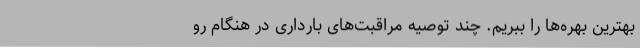
بهترین بهره‌ها را ببریم. چند توصیه مراقبت‌های بارداری در هنگام رو